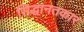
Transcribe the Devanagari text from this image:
सिद्धानतकार